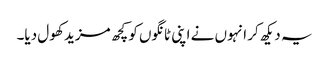
یہ دیکھ کر انہوں نے اپنی ٹانگوں کو کچھ مزید کھول دیا۔